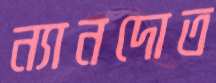
ন্যানদোত